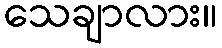
သေချာလား။